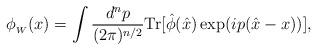
LaTeX: \begin{align*} \phi _{_W}(x) = \int \frac{d^np}{(2\pi )^{n/2}}\textrm{Tr}[\hat{\phi }(\hat{x})\exp(ip(\hat{x}-x))],\end{align*}